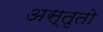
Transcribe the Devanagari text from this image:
अस्तृतो